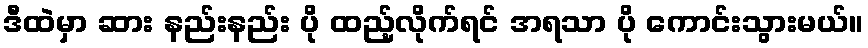
ဒီထဲမှာ ဆား နည်းနည်း ပို ထည့်လိုက်ရင် အရသာ ပို ကောင်းသွားမယ်။